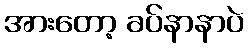
အားတော့ ခပ်နာနာပဲ